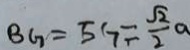
B G = E G = \frac { \sqrt { 2 } } { 2 } a